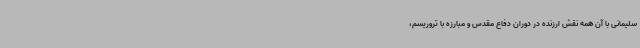
سلیمانی با آن همه نقش ارزنده در دوران دفاع مقدس و مبارزه با تروریسم،